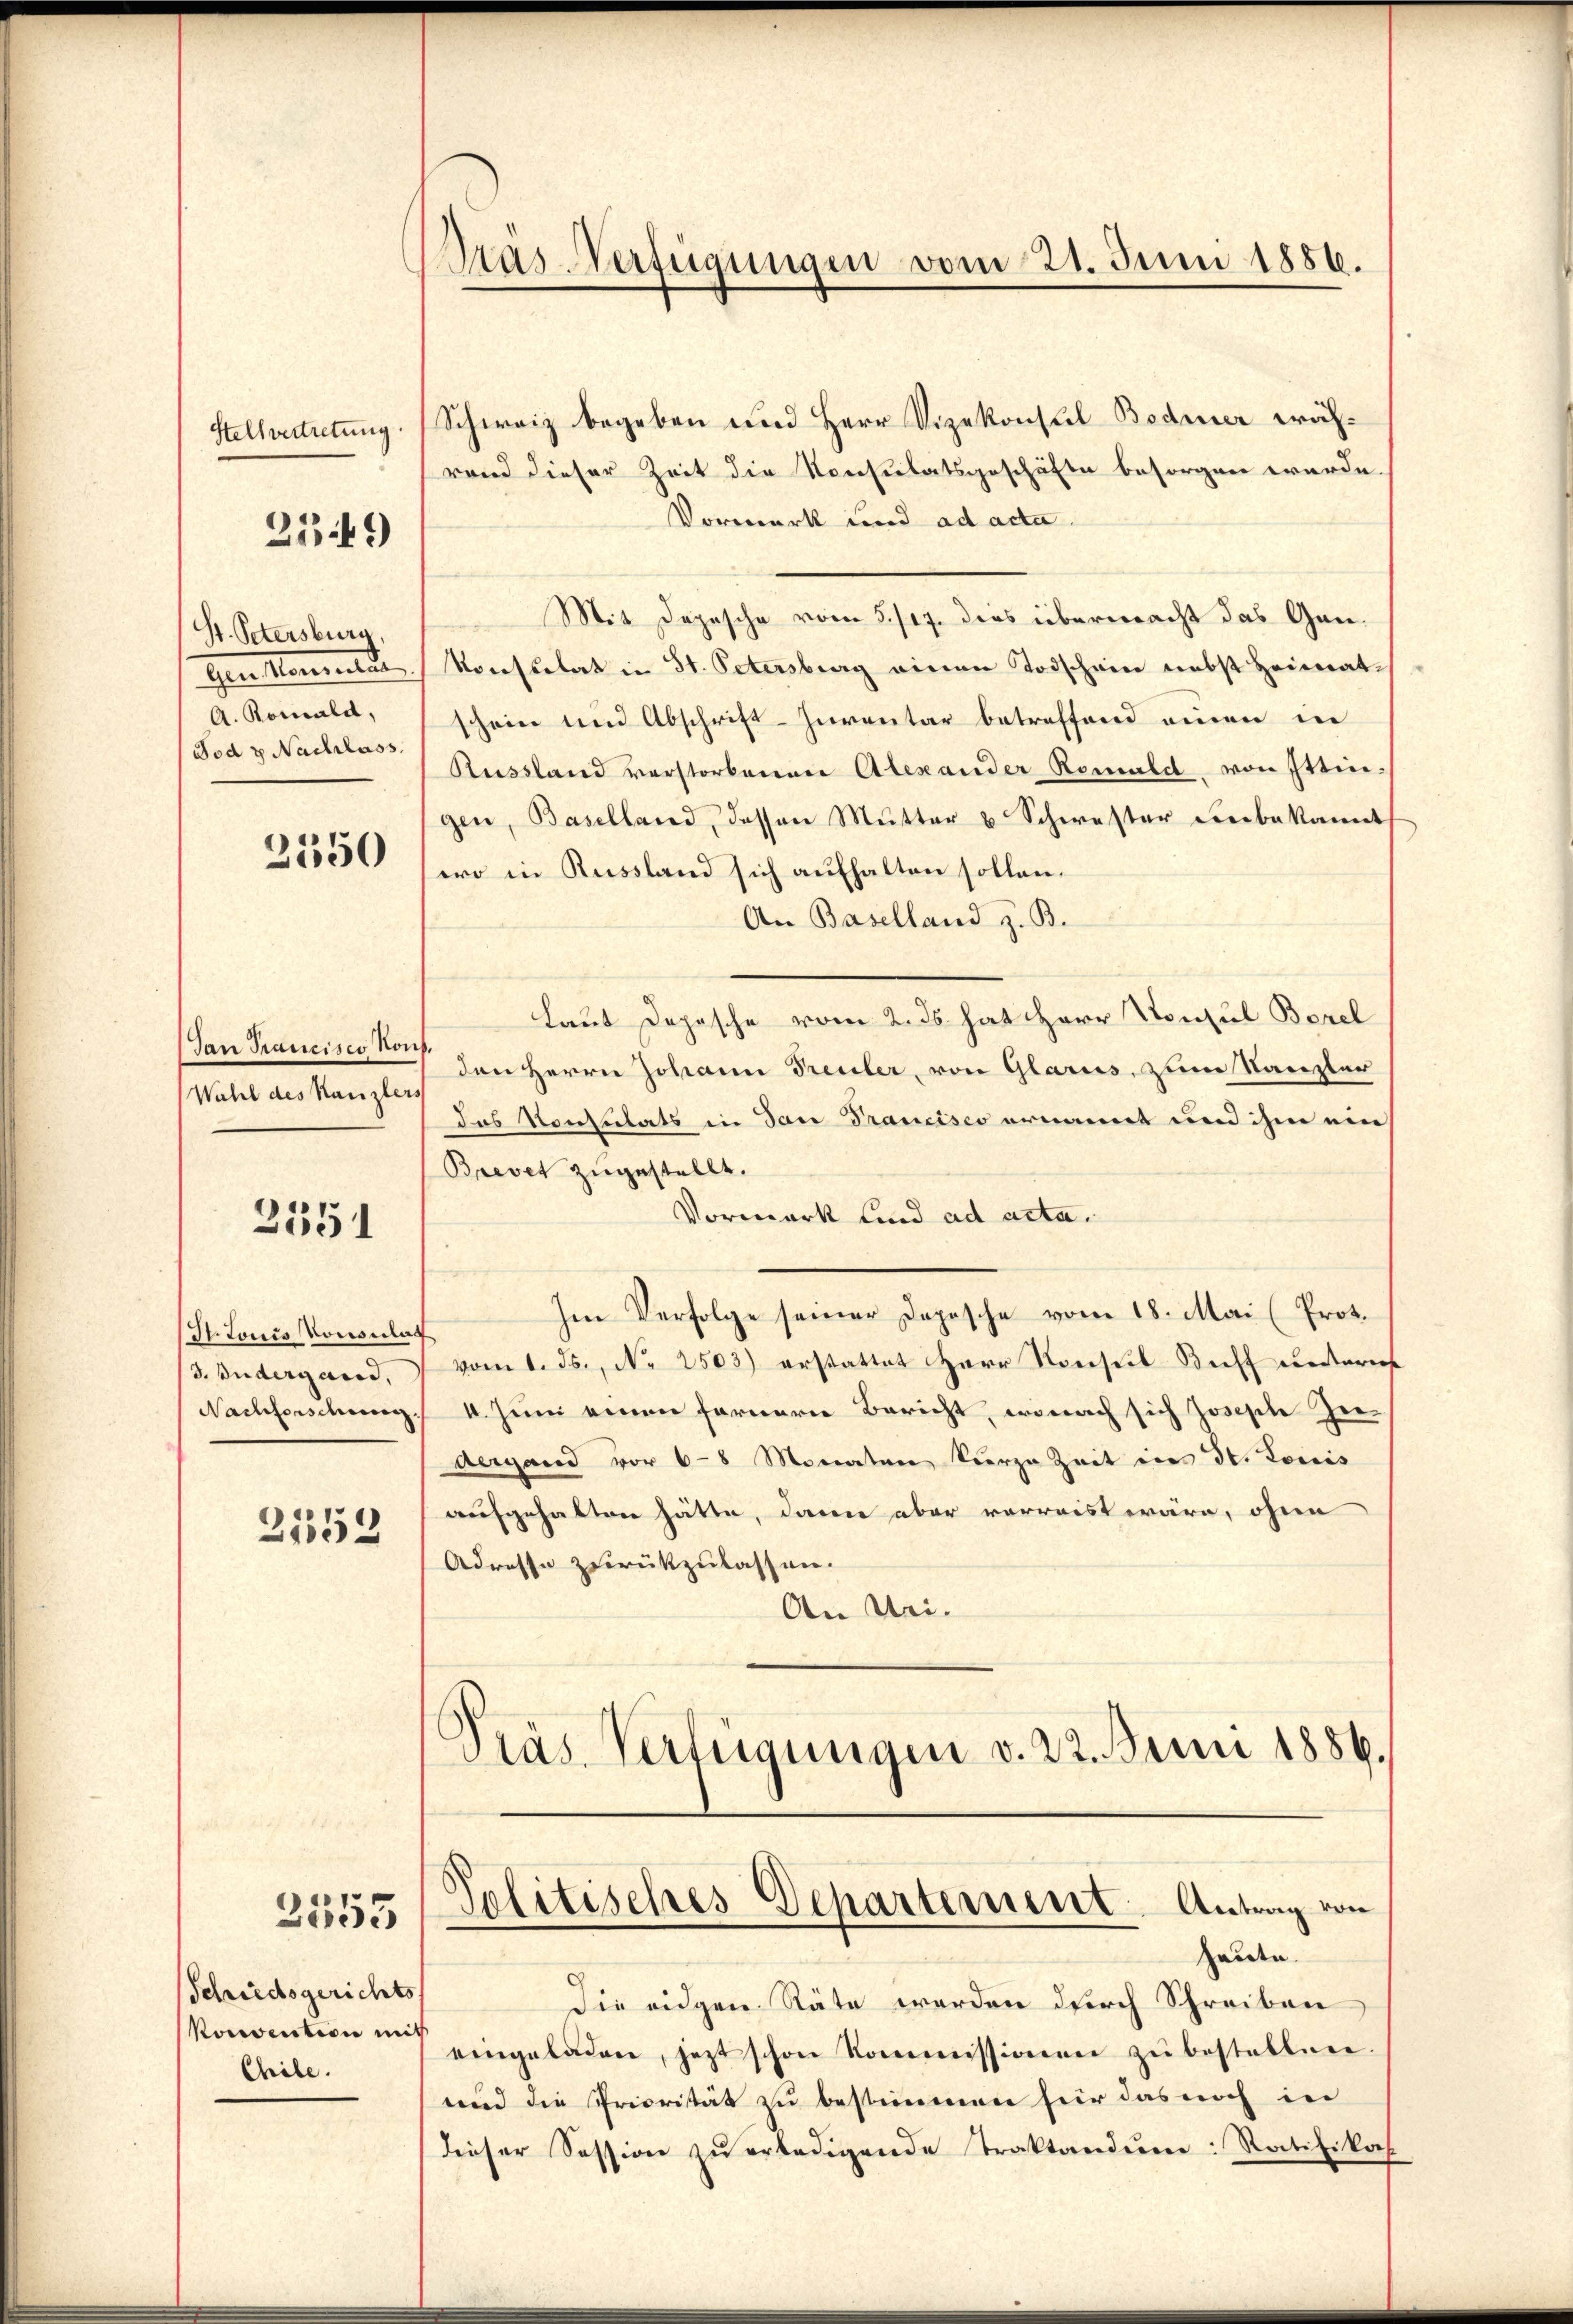
2149)

St. Petersburg
Fod & Nachlass

2550

Tan Trancisco Kons.
Wahl des Kanzlers

3. Andergand,

2555

Schiedsgerichts
Porection mit
Chile.

Pras-Verfügungen vom 21. Juni 1886.

Stellvertretung. (Schweiz begeben und Herr Vizekonsul Bodmer während dieser Zeit die Konsulatsgeschäfte besorgen wurde
Vormerk und ad acta
Mit Depesche vom 5./17. dies übermacht das Gan¬
Gen Konsulat Konsulat in St. Petersburg einen Todschein nebst Heimat¬
A. Komald, schein und Abschrift-Inventar betreffend einen in
Russland verstorbenen Alexander Romald von Ittingen, Baselland, dessen Mutter u Schwester Leibekannt
wo in Aussland sich aufhalten sollen.
An Baselland z. B.
Laut Depesche vom 2. ds hat Herr Konsul Borel
den Herrn Johann Treuler, von Glarus, zum Kanzler
das Konsulats in San Francisco ernannt und ihm ein
Brevet zugestellt.
Vorwerk und ad acta.
2551
Im Verfolge seiner Depesche vom 18. Mai (Prot.
St. Louis Konsulat
vom 1. ds., Nr. 2503) erstattet Herr Konsul Buff unteris
Nachforschung 4. Juni einen fernern Bericht, wonach sich Joseph Ziedergand vor 6-8 Monaten Vierze Zeit in St. Louis
aufgehalten hätte, dann aber vorreist wäre, ohne
2553
Adrosse zurückzulassen.
An Uri.
Präs. Verfügungen v. 22. Juni 1886.

Politisches Departement. Antrag von
haute.

Die eidgen Räte werden durch Schreiben
eingeladen, jetzt schon Kommissionen zŭ bestellen.
und die Priorität zu bestimmen für das noch in
dieser Session zŭ erledigende Traktandŭm: Ratifikat